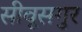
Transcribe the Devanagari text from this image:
सीवूसगुर